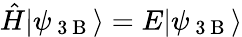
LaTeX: \hat{H}|\psi_{\mathrm{~3~B~}}\rangle=E|\psi_{\mathrm{~3~B~}}\rangle